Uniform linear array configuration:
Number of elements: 64
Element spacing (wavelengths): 0.5
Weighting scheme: exponential
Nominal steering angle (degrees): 30
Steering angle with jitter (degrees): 29.26
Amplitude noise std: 0.05
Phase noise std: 0.05

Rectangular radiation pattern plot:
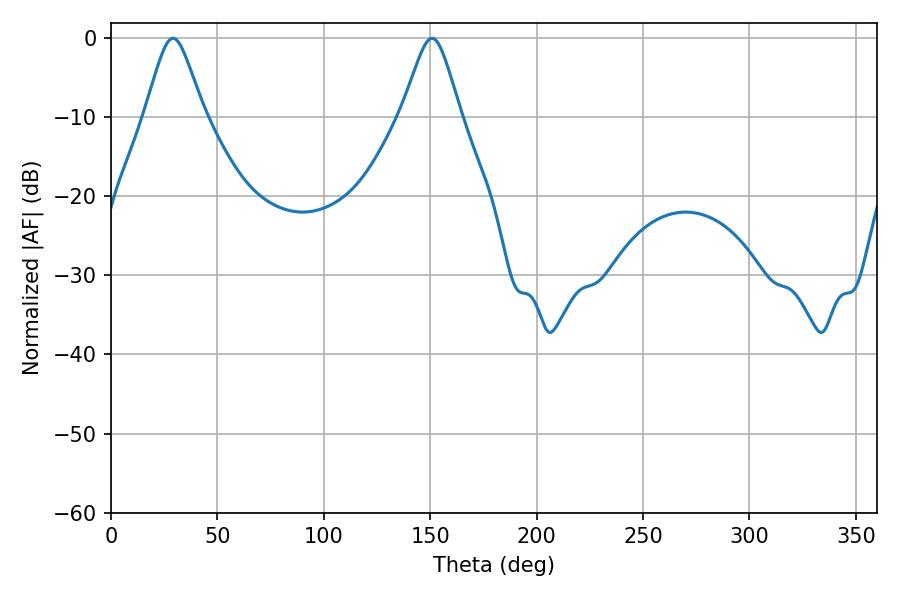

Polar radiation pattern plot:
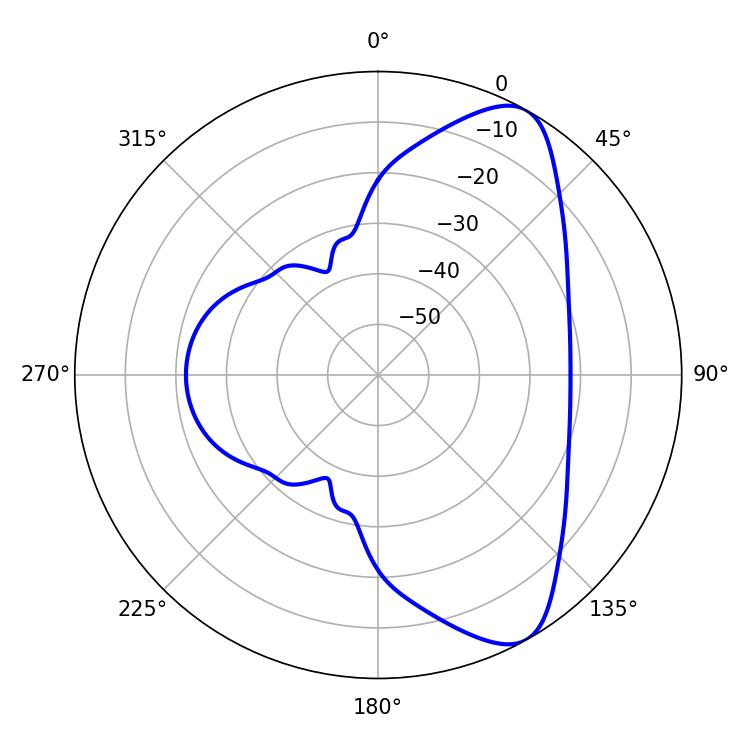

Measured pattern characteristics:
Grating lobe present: FALSE
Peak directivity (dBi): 8.437
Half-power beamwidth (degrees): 13.32
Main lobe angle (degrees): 29.16